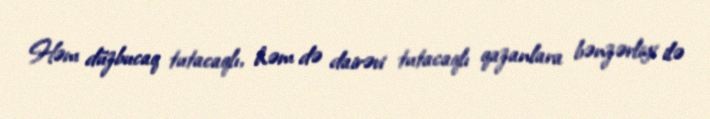
Həm düzbucaq tutacaqlı, həm də dairəvi tutacaqlı qazanlara bənzərliyi ilə